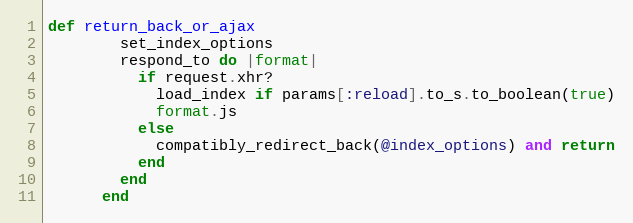
Language: Ruby
def return_back_or_ajax
        set_index_options
        respond_to do |format|
          if request.xhr?
            load_index if params[:reload].to_s.to_boolean(true)
            format.js
          else
            compatibly_redirect_back(@index_options) and return
          end
        end
      end